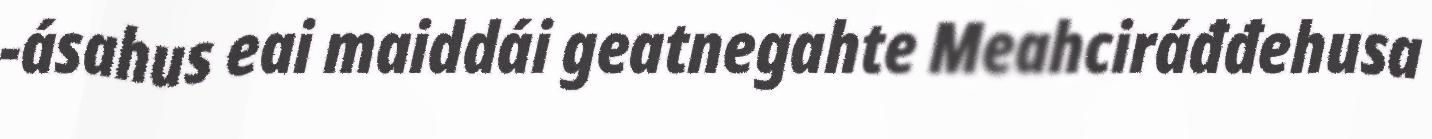
-ásahus eai maiddái geatnegahte Meahciráđđehusa